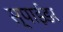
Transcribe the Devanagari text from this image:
स्पाईडर